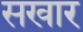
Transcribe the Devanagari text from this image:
सखार